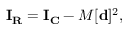
\mathbf { I } _ { \mathbf { R } } = \mathbf { I } _ { \mathbf { C } } - M [ \mathbf { d } ] ^ { 2 } ,